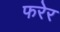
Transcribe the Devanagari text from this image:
फरेर